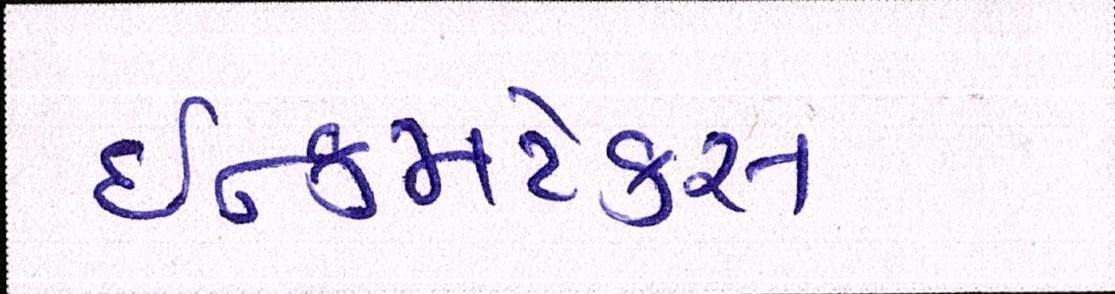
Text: ઇન્કમટેક્સ